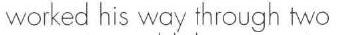
worked his way through two